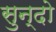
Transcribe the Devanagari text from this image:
सुन्दो